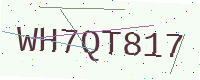
Text: WH7QT817